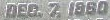
DEC. Z 1880